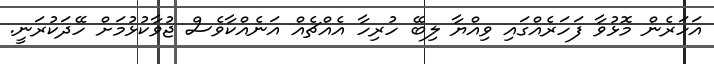
އަހަރެން މޮޅުވާ ފަހަރެއްގައި ވިއްޔާ ލިބޭ ހުރިހާ އެއްޗެއް އަނެއްކާވެސް ޖުވާކުޅުމަށް ހޭދަކުރަނީ.